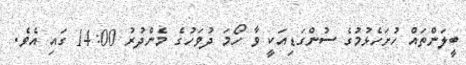
ބީލަންތައް ހުށަހެޅުމުގެ ސުންގަޑިއަކީ ވާ ހޯމަ ދުވަހުގެ މެންދުރު 14:00 ގައި އެވެ.